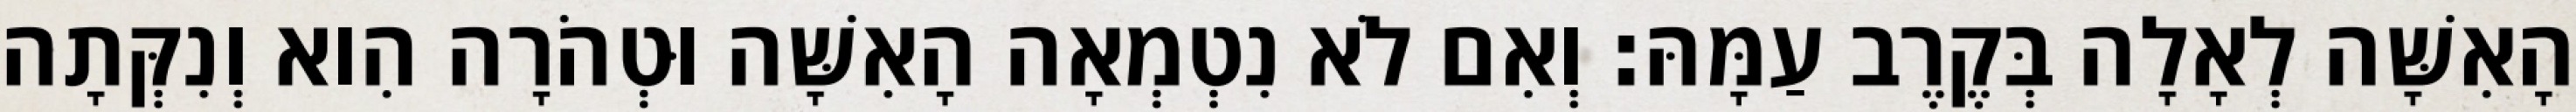
הָאִשָּׁה לְאָלָה בְּקֶרֶב עַמָּהּ׃ וְאִם לֹא נִטְמְאָה הָאִשָּׁה וּטְהֹרָה הִוא וְנִקְּתָה